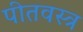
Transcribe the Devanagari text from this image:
पीतवस्त्र